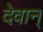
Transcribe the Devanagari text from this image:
देवान्